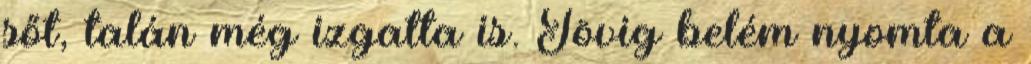
sőt, talán még izgatta is. Tövig belém nyomta a